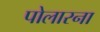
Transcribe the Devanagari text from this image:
पोलारना